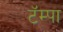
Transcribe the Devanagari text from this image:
टॅम्पा